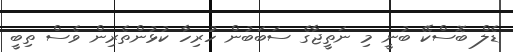
ޑެލް ބޮސްކޭ ބުނީ މި ނަތީޖާގެ ސަބަބުން ހުރިހާ ކުޅުންތެރިން ވެސް ތިބީ